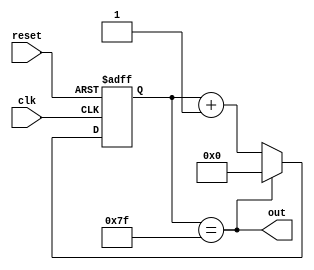
module ClockDivider (
    input wire clk,
    input wire reset,
    output reg out
);

reg [7:0] counter;
parameter threshold = 127;

always @(posedge clk or posedge reset) begin
    if (reset)
        counter <= 0;
    else if (counter == threshold)
        counter <= 0;
    else
        counter <= counter + 1;
end

assign out = (counter == threshold);

endmodule